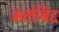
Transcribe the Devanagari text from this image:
मलेबिद्द